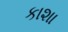
કાશા